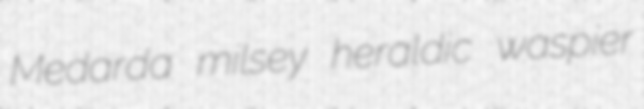
Medarda milsey heraldic waspier